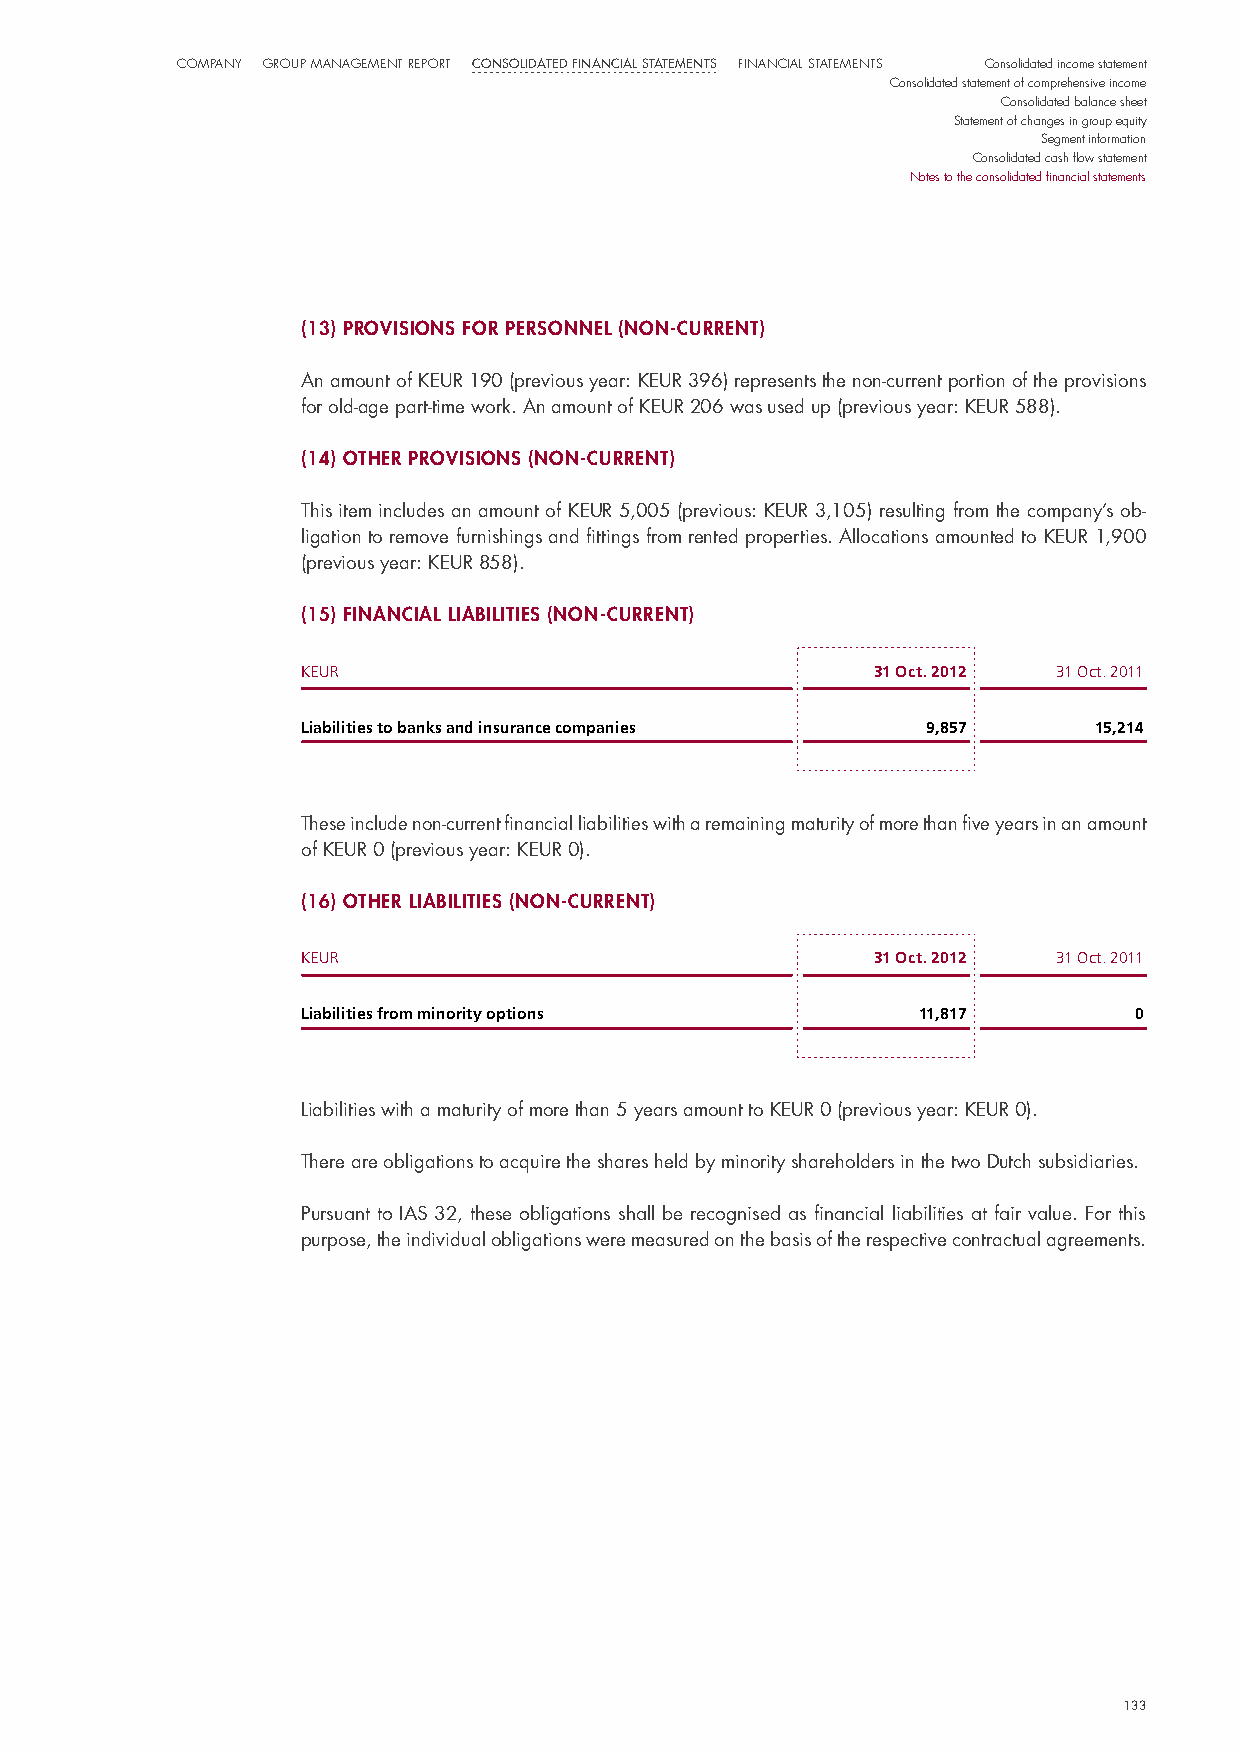
CompaNy Group maNaGemeNt report Consolidated finanCial statements FiNaNCial StatemeNtS Consolidated income statement
 Consolidated statement of comprehensive income
 Consolidated balance sheet
 Statement of changes in group equity
 Segment information
 Consolidated cash flow statement
 Notes to the consolidated financial statements
 (13) provIsIons for personnel (non-current)
 An amount of KeuR 190 (previous year: KeuR 396) represents the non-current portion of the provisions
 for old-age part-time work. An amount of KeuR 206 was used up (previous year: KeuR 588).
 (14) other provIsIons (non-current)
 This item includes an amount of KeuR 5,005 (previous: KeuR 3,105) resulting from the company’s ob-
 ligation to remove furnishings and fittings from rented properties. Allocations amounted to KeuR 1,900
 (previous year: KeuR 858).
 (15) fInancIal lIaBIlItIes (non-current)
 KEUR                                  31 Oct. 2012 31 Oct. 2011
 Liabilities to banks and insurance companies 9,857  15,214
 These include non-current financial liabilities with a remaining maturity of more than five years in an amount
 of KeuR 0 (previous year: KeuR 0).
 (16) other lIaBIlItIes (non-current)
 KEUR                                  31 Oct. 2012 31 Oct. 2011
 Liabilities from minority options        11,817        0
 liabilities with a maturity of more than 5 years amount to KeuR 0 (previous year: KeuR 0).
 There are obligations to acquire the shares held by minority shareholders in the two dutch subsidiaries.
 pursuant to iAs 32, these obligations shall be recognised as financial liabilities at fair value. For this
 purpose, the individual obligations were measured on the basis of the respective contractual agreements.
 133